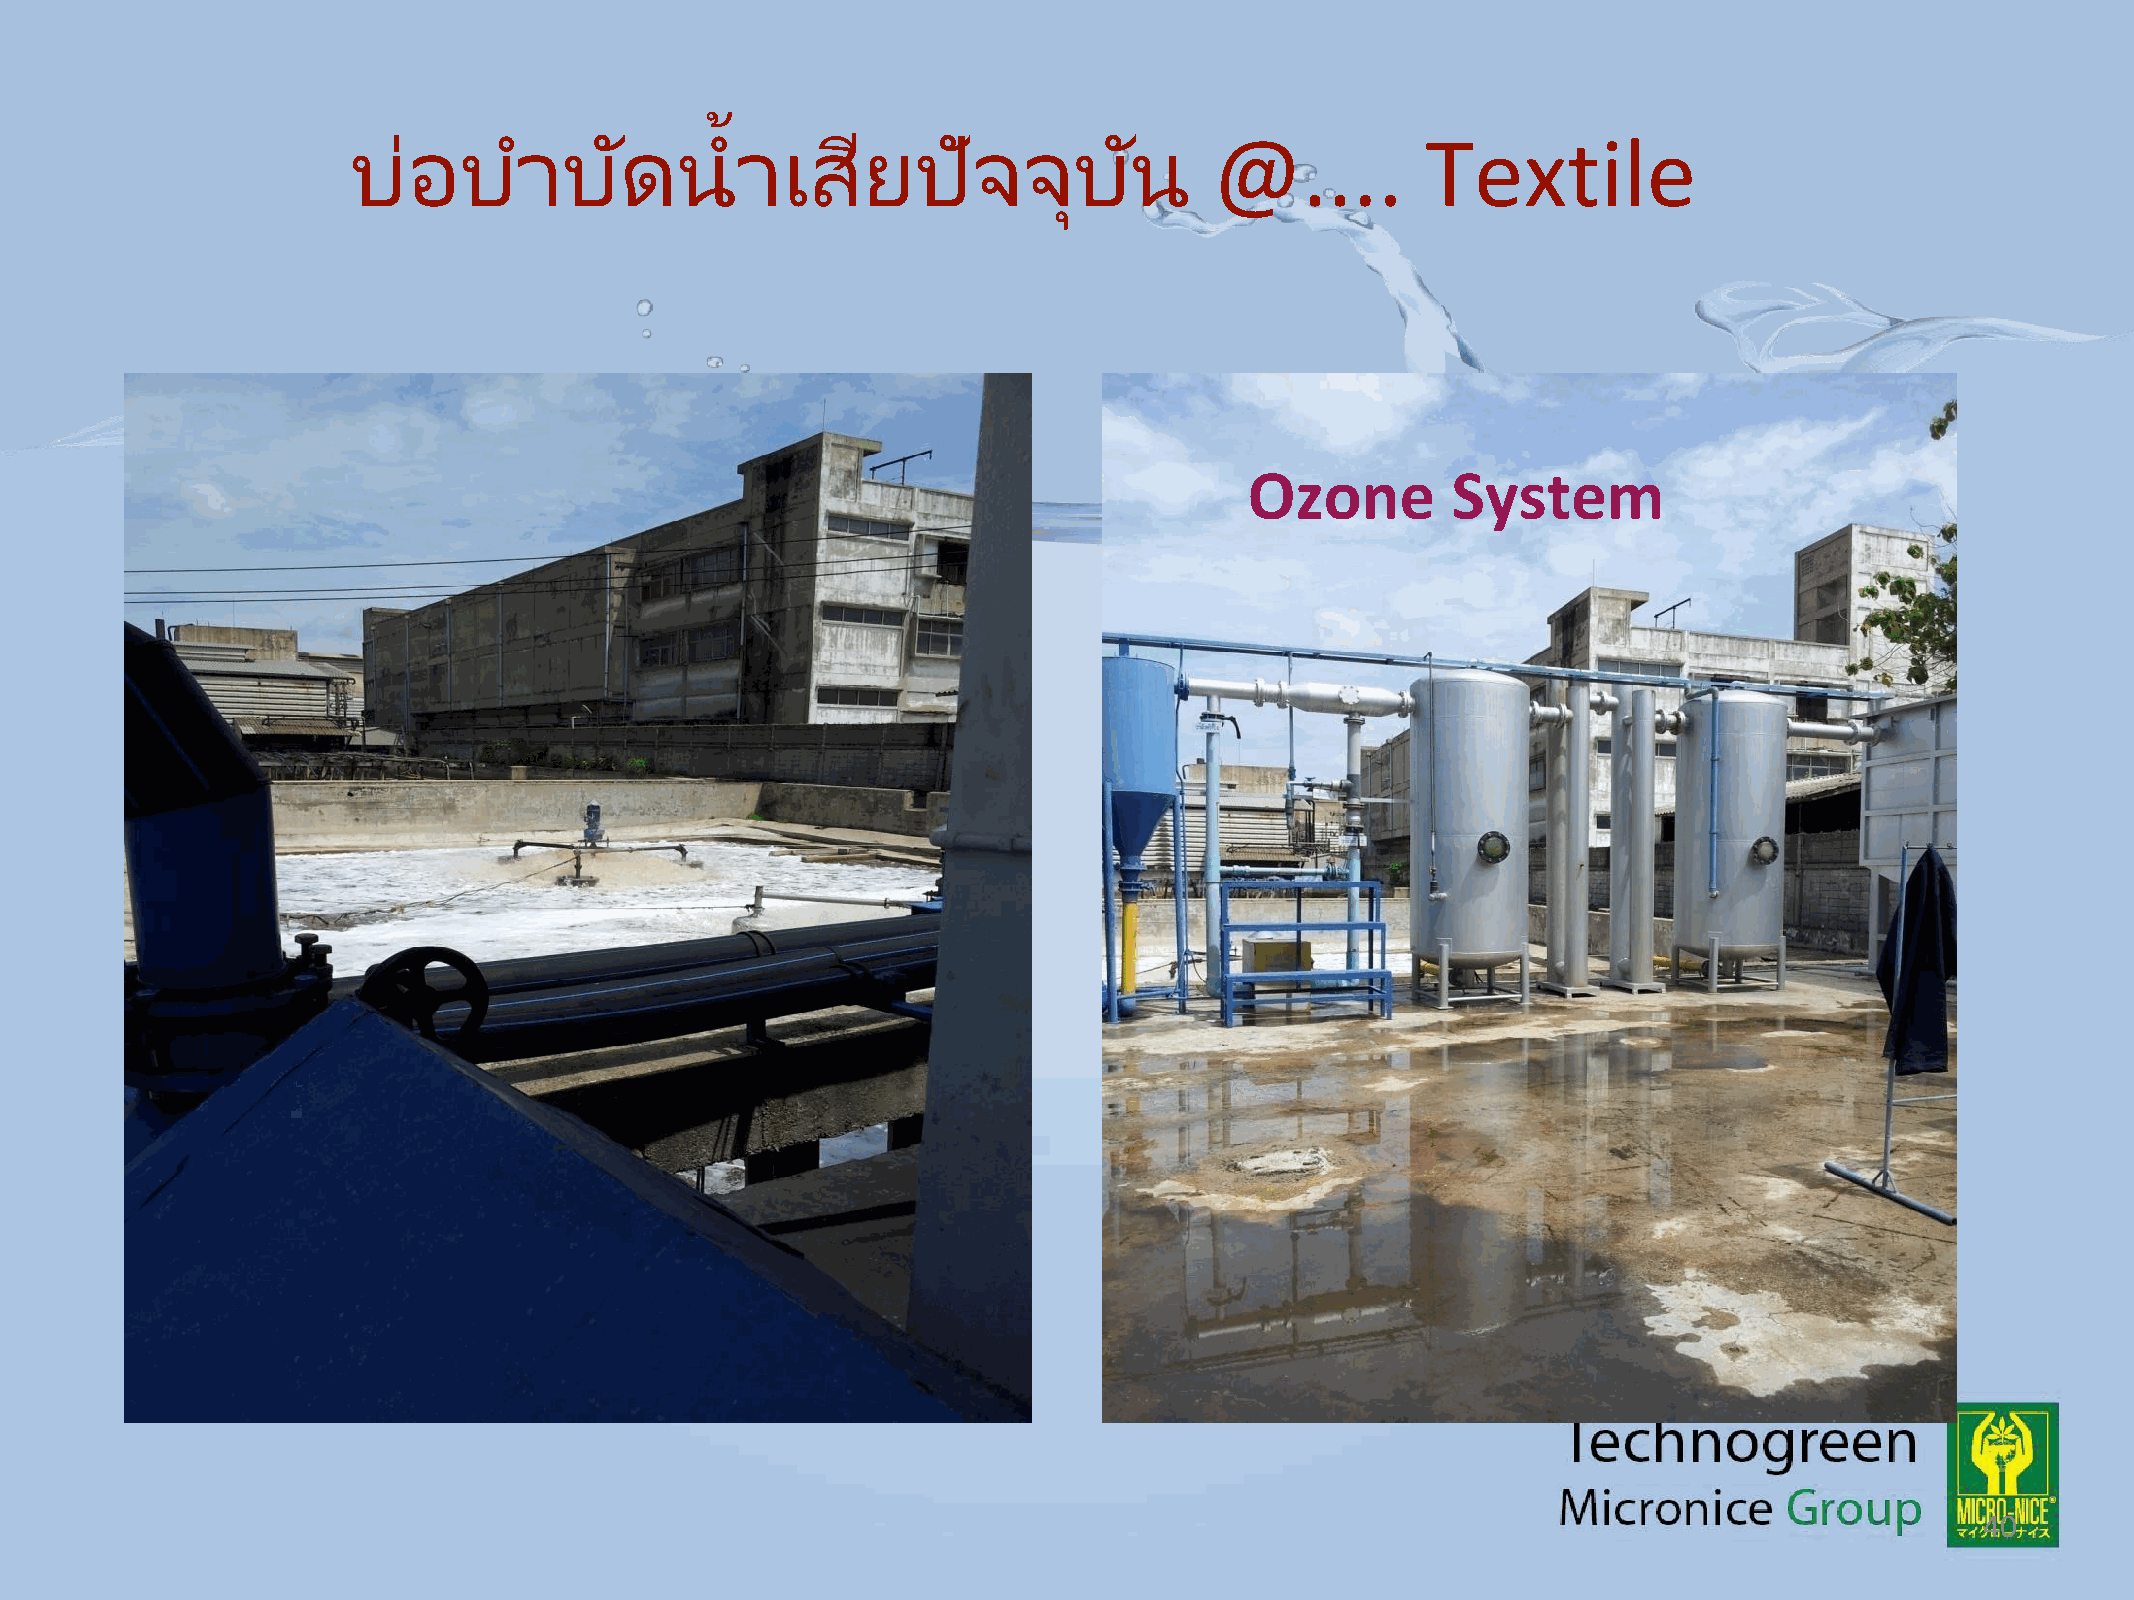
้
 บ่อบ       าบดั       น   าเสยี       ปัจจบุ        นั   @....         Textile
 Ozone        System
 40